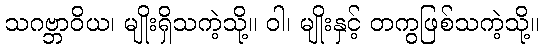
သဂဗ္ဘာဝိယ၊ မျိုးရှိသကဲ့သို့။ ဝါ၊ မျိုးနှင့် တကွဖြစ်သကဲ့သို့။